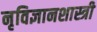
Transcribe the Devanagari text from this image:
नृविज्ञानशास्त्री